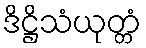
ဒိဋ္ဌိသံယုတ္တံ